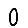
Digit: 0